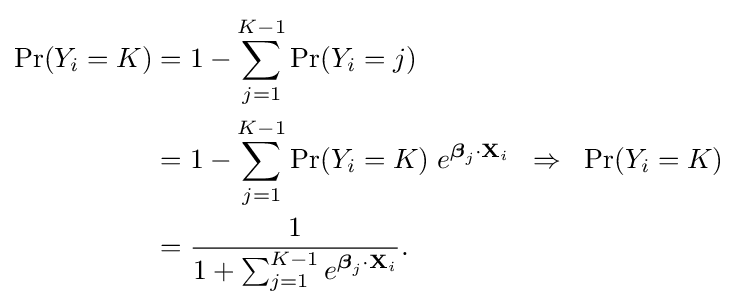
{\begin{aligned}\Pr(Y_{i}=K)={}&1-\sum _{j=1}^{K-1}\Pr(Y_{i}=j)\\={}&1-\sum _{j=1}^{K-1}{\Pr(Y_{i}=K)}\;e^{{\boldsymbol {\beta }}_{j}\cdot \mathbf {X} _{i}}\;\;\Rightarrow \;\;\Pr(Y_{i}=K)\\={}&{\frac {1}{1+\sum _{j=1}^{K-1}e^{{\boldsymbol {\beta }}_{j}\cdot \mathbf {X} _{i}}}}.\end{aligned}}